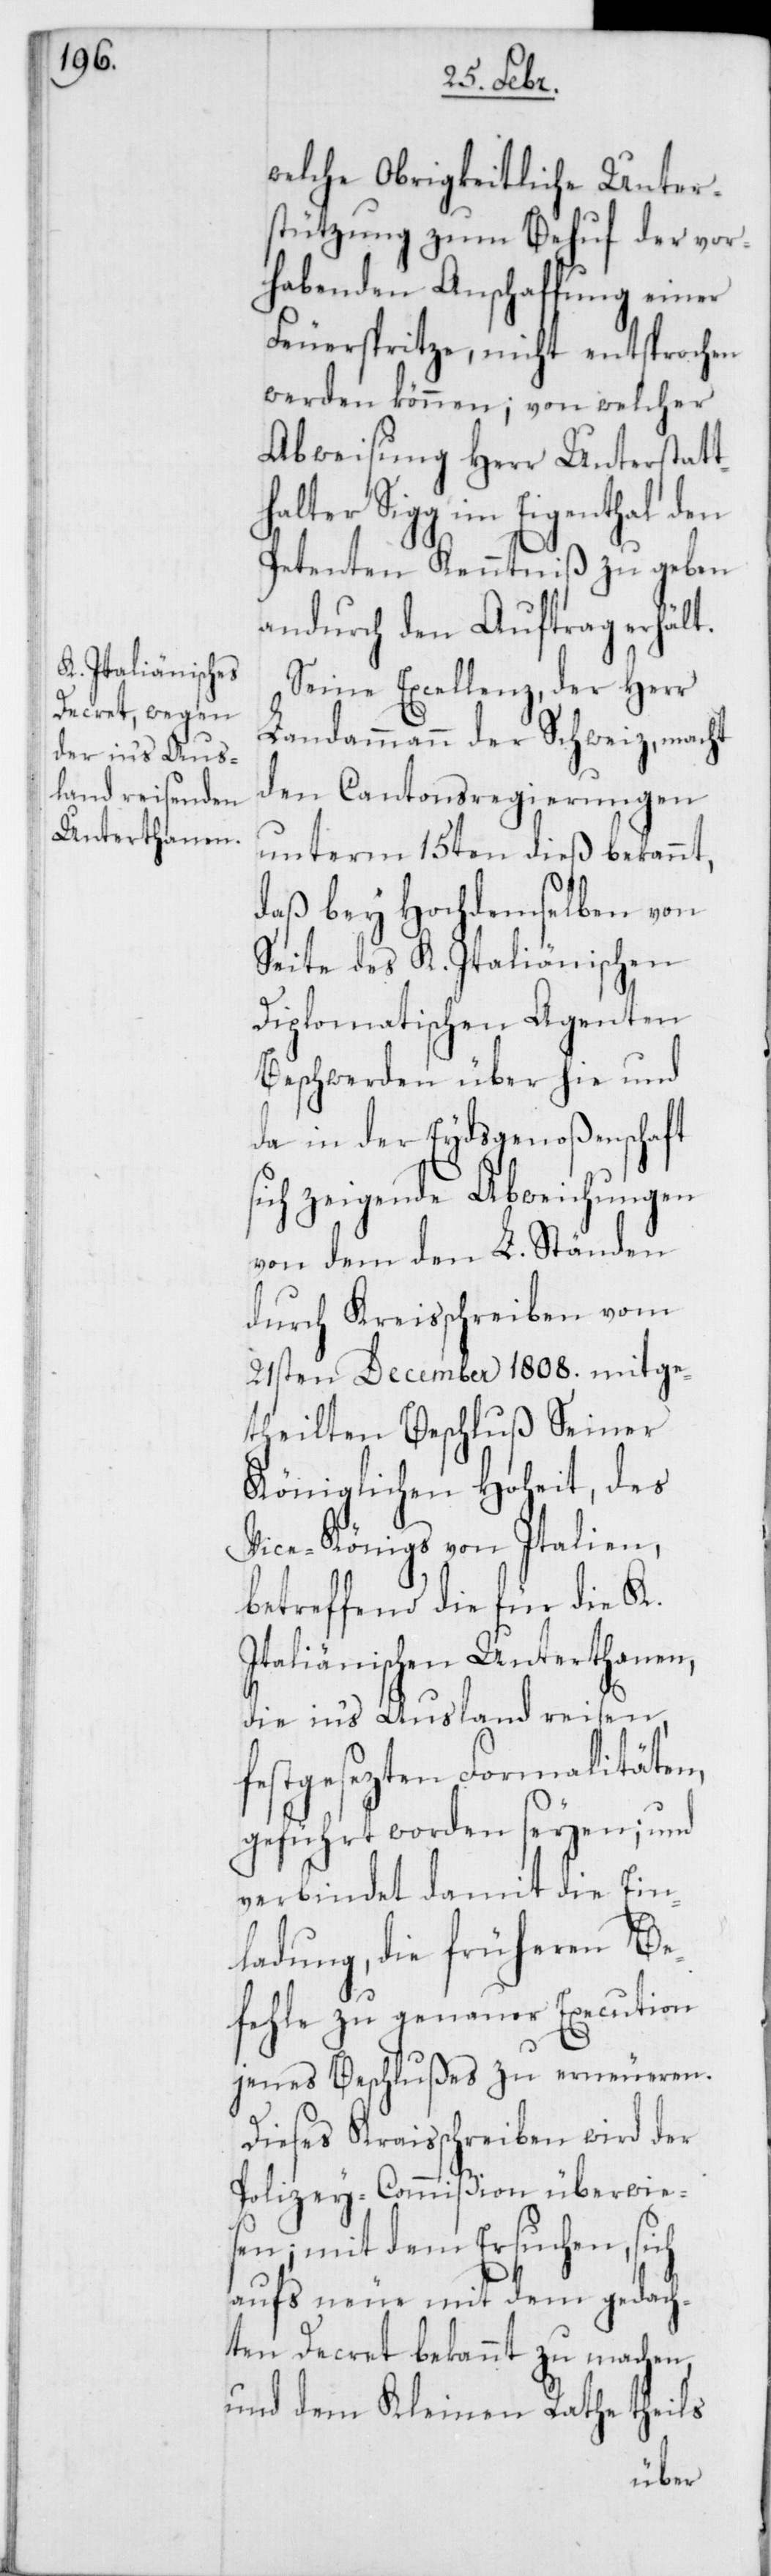
welche Obrigkeitliche Unter¬
stützung zum Behuf der vor¬
habenden Anschaffung einer
Feuerspritze, nicht entsprochen
werden können; von welcher
Abweisung Herr Unterstatt¬
Sigg im Eigenthal den
Petenten Kenntniß zu geben
andurch den Auftrag erhält.
Seine Excellenz, der Herr
Landammann der Schweiz,
den Cantonsregierungen
unterm 15ten dieß bekannt,
daß bey Hochdemselben von
Seite des K. Italiänischen
Diplomatischen Agenten
Beschwerden über hie und
da in der Eydsgenoßenschaft
zeigende Abweichungen
von dem den L. Ständen
durch Kreisschreiben vom
21sten December 1808. mitge¬
theilten Beschluß Seiner
Königlichen Hoheit, des
Vice-Königs von Italien,
betreffend die für die K.
Italiänischen Unterthanen,
die in‘s Ausland reisen,
festgesezten Formalitäten,
geführt worden seyen; und
verbindet damit die Ein¬
ladung, die früheren Be¬
fehle zu genauer Execution
jenes Beschlußes zu erneueren.
Dieses Kraisschreiben wird der
Polizey-Commißion überwie¬
sen; mit dem Ersuchen, sich
aufs neue mit dem gedach¬
ten Decret bekannt zu machen,
und dem Kleinen Rathe theils
halter